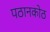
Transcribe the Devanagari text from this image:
पठानकोठ